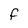
Character: F